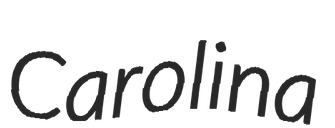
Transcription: Carolina